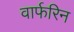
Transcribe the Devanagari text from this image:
वार्फरिन